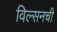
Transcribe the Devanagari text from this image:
विल्सनची